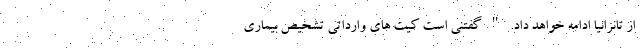
از تانزانیا ادامه خواهد داد. " گفتنی است کیت های وارداتی تشخیص بیماری